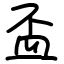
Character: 盃